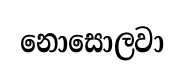
නොසොලවා